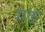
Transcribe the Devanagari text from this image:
पराडा